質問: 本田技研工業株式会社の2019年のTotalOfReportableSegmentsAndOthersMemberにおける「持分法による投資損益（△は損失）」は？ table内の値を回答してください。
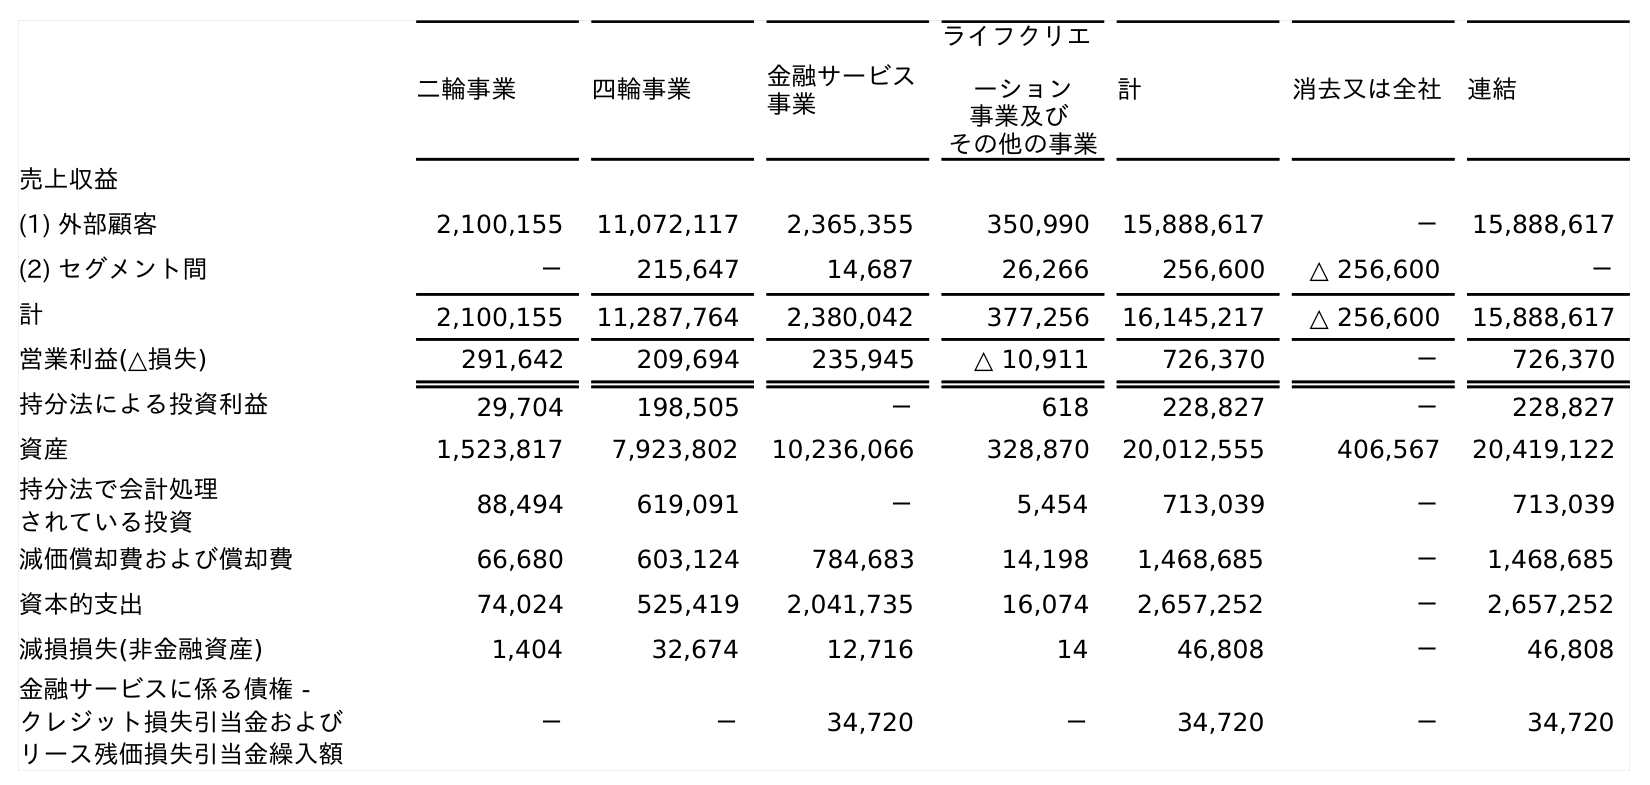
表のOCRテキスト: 二輪事業 四輪事業 金融サービス 事業 ライフクリエ ーション 事業及び その他の事業 計 消去又は全社 連結 売上収益 (1) 外部顧客 2,100,155 11,072,117 2,365,355 350,990 15,888,617 － 15,888,617 (2) セグメント間 － 215,647 14,687 26,266 256,600 △ 256,600 － 計 2,100,155 11,287,764 2,380,042 377,256 16,145,217 △ 256,600 15,888,617 営業利益(△損失) 291,642 209,694 235,945 △ 10,911 726,370 － 726,370 持分法による投資利益 29,704 198,505 － 618 228,827 － 228,827 資産 1,523,817 7,923,802 10,236,066 328,870 20,012,555 406,567 20,419,122 持分法で会計処理 されている投資 88,494 619,091 － 5,454 713,039 － 713,039 減価償却費および償却費 66,680 603,124 784,683 14,198 1,468,685 － 1,468,685 資本的支出 74,024 525,419 2,041,735 16,074 2,657,252 － 2,657,252 減損損失(非金融資産) 1,404 32,674 12,716 14 46,808 － 46,808 金融サービスに係る債権 - クレジット損失引当金および リース残価損失引当金繰入額 － － 34,720 － 34,720 － 34,720
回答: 228,827